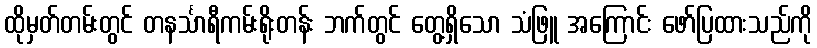
ထိုမှတ်တမ်းတွင် တနင်္သာရီကမ်းရိုးတန်း ဘက်တွင် တွေ့ရှိသော သံဖြူ အကြောင်း ဖော်ပြထားသည်ကို